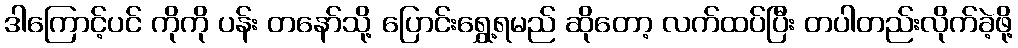
ဒါကြောင့်ပင် ကိုကို ပန်း တနော်သို့ ပြောင်းရွှေ့ရမည် ဆိုတော့ လက်ထပ်ပြီး တပါတည်းလိုက်ခဲ့ဖို့